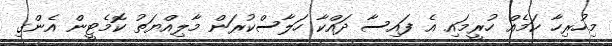
މިހުރިހާ ކަމެއް ހުރީމައި އެ ފައިސާ ދައްކާ ހަލާސްކުރަން މާލިއްޔަތު ކޮމެޓީން އެންގި